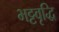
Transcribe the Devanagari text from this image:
भट्टवृद्धि